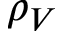
\rho _ { V }